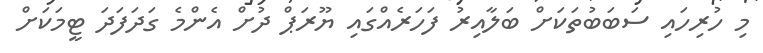
މި ހުރިހައި ސަބަބުތަކަށް ބަލާއިރު ފަހަރެއްގައި ޔޫރަޕް ދުށް އެންމެ ގަދަފަދަ ޓީމަކަށް